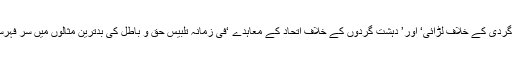
’ دہشت گردی کے خلاف لڑائی‘ اور’ دہشت گردوں کے خلاف اتحاد کے معاہدے ‘فی زمانہ تلبیس حق و باطل کی بدترین مثالوں میں سرِ فہرست ہیں ۔